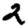
Digit: 2